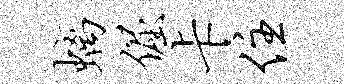
螭倔卡住